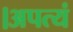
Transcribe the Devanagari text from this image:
।अपत्यं